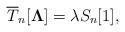
LaTeX: \begin{align*}\overline{T}_{n}[{\bf\Lambda}]=\lambda S_n[1],\end{align*}